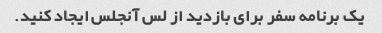
یک برنامه سفر برای بازدید از لس آنجلس ایجاد کنید.